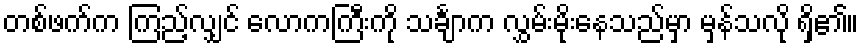
တစ်ဖက်က ကြည့်လျှင် လောကကြီးကို သင်္ချာက လွှမ်းမိုးနေသည်မှာ မှန်သလို ရှိ၏။